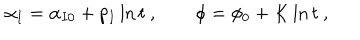
\alpha _ { I } = \alpha _ { I 0 } + p _ { I } \ln t \ , \qquad \phi = \phi _ { 0 } + K \ln t \ ,